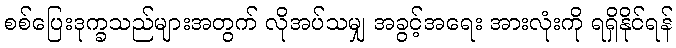
စစ်ပြေးဒုက္ခသည်များအတွက် လိုအပ်သမျှ အခွင့်အရေး အားလုံးကို ရရှိနိုင်ရန်